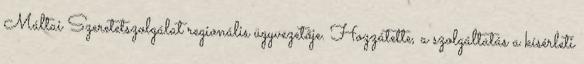
Máltai Szeretetszolgálat regionális ügyvezetője. Hozzátette, a szolgáltatás a kísérleti